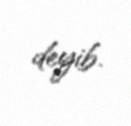
deyib.